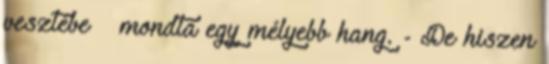
vesztébe – mondta egy mélyebb hang. - De hiszen